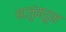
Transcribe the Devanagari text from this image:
बाजुंकडुन